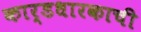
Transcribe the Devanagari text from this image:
कार्डधारकाची